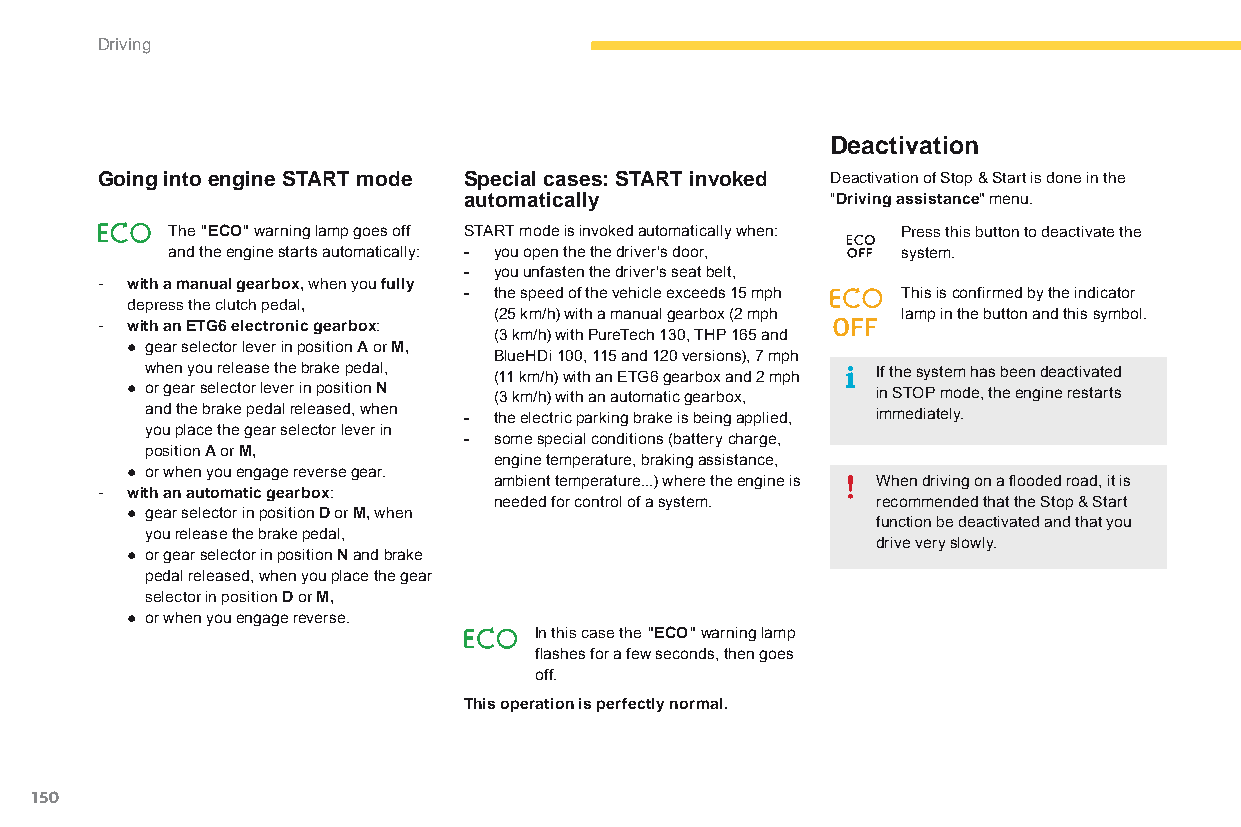
Driving
 Deactivation
 Going into engine START mode Special cases: START invoked deactivation of Stop & Start is done in the
 automatically           "Driving assistance" menu.
 The "ECO" warning lamp goes off START mode is invoked automatically when: Press this button to deactivate the
 and the engine starts automatically: - you open the the driver's door, system.
 - you unfasten the driver's seat belt,
 - with a manual gearbox, when you fully
 - the speed of the vehicle exceeds 15 mph This is confirmed by the indicator
 depress the clutch pedal,
 (25 km/h) with a manual gearbox (2 mph lamp in the button and this symbol.
 - with an ETG6 electronic gearbox:
 (3 km/h) with PureTech 130, THP 165 and
 ● gear selector lever in position A or M,
 BlueHDi 100, 115 and 120 versions), 7 mph
 when you release the brake pedal, (11 km/h) with an ETG6 gearbox and 2 mph If the system has been deactivated
 ● or gear selector lever in position N (3 km/h) with an automatic gearbox, in STOP mode, the engine restarts
 and the brake pedal released, when - the electric parking brake is being applied, immediately.
 you place the gear selector lever in
 - some special conditions (battery charge,
 position A or M,
 engine temperature, braking assistance,
 ● or when you engage reverse gear.
 ambient temperature...) where the engine is When driving on a flooded road, it is
 - with an automatic gearbox:
 needed for control of a system. recommended that the Stop & Start
 ● gear selector in position D or M, when
 function be deactivated and that you
 you release the brake pedal,
 drive very slowly.
 ● or gear selector in position N and brake
 pedal released, when you place the gear
 selector in position D or M,
 ● or when you engage reverse.
 In this case the "ECO" warning lamp
 flashes for a few seconds, then goes
 off.
 This operation is perfectly normal.
 150
 C4-Picasso-II_en_Chap04_conduite_ed01-2015